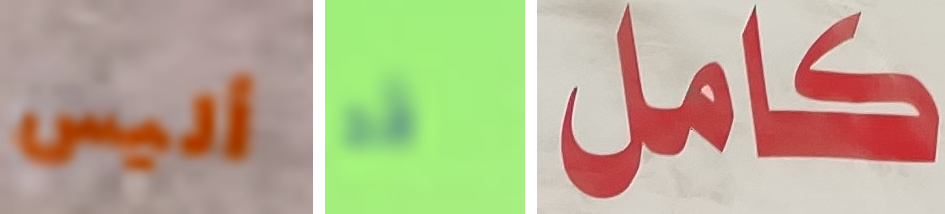
أليس قد كامل